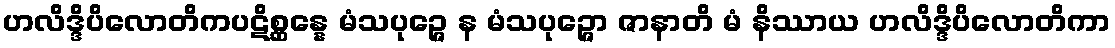
ဟလိဒ္ဒိပိလောတိကပဋိစ္ဆန္နေ မံသပုဉ္ဇေ န မံသပုဉ္ဇော ဇာနာတိ မံ နိဿာယ ဟလိဒ္ဒိပိလောတိကာ